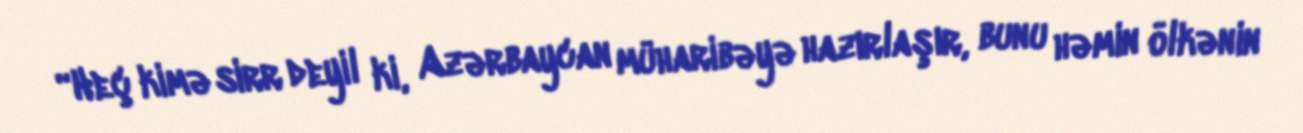
“Heç kimə sirr deyil ki, Azərbaycan müharibəyə hazırlaşır, bunu həmin ölkənin